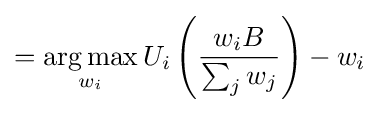
={\underset {w_{i}}{\operatorname {arg\,max} }}\,U_{i}\left({\frac {w_{i}B}{\sum _{j}w_{j}}}\right)-w_{i}